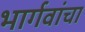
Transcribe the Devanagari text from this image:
भार्गवांचा